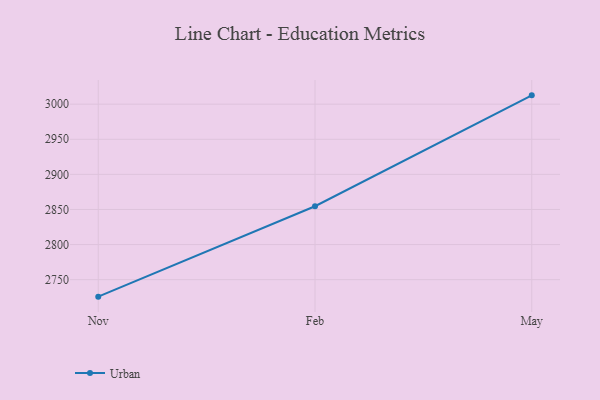
{"axis": {"x": "Month", "y": "Budget (USD K)"}, "legend": ["Urban"], "data": [{"x": "Nov", "y": 2725.8, "type": "Urban"}, {"x": "Feb", "y": 2854.6, "type": "Urban"}, {"x": "May", "y": 3012.6, "type": "Urban"}]}